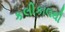
કલીકાલથી